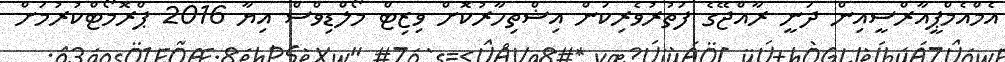
އެމްއެމްޕީއާރްސީއިން ދަނީ ރާއްޖޭގެ ފަތުރުވެރިކަން އިޝްތިހާރުކޮށް ވިޒިޓް މޯލްޑިވްސް އިޔާ 2016 ޕްރޮމޯޓްކުރުމަށް